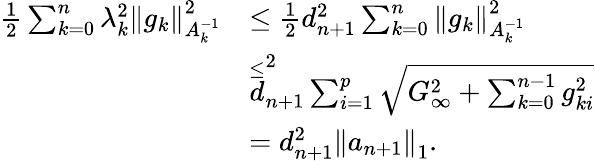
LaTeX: \begin{array}{rl}{\frac{1}{2}\sum_{k=0}^{n}\lambda_{k}^{2}\left\Vert g_{k}\right\Vert_{A_{k}^{-1}}^{2}}&{\leq\frac{1}{2}d_{n+1}^{2}\sum_{k=0}^{n}\left\Vert g_{k}\right\Vert_{A_{k}^{-1}}^{2}}\\ &{\overset{\leq}d_{n+1}^{2}\sum_{i=1}^{p}\sqrt{G_{\infty}^{2}+\sum_{k=0}^{n-1}g_{ki}^{2}}}\\ &{=d_{n+1}^{2}\left\Vert a_{n+1}\right\Vert_{1}.}\end{array}